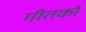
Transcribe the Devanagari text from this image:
गीतको